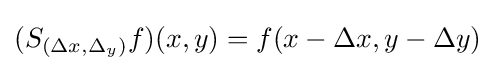
(S_{(\Delta x,\Delta _{y})}f)(x,y)=f(x-\Delta x,y-\Delta y)